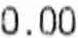
0.00